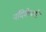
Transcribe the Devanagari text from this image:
नंदिकेश्वरी